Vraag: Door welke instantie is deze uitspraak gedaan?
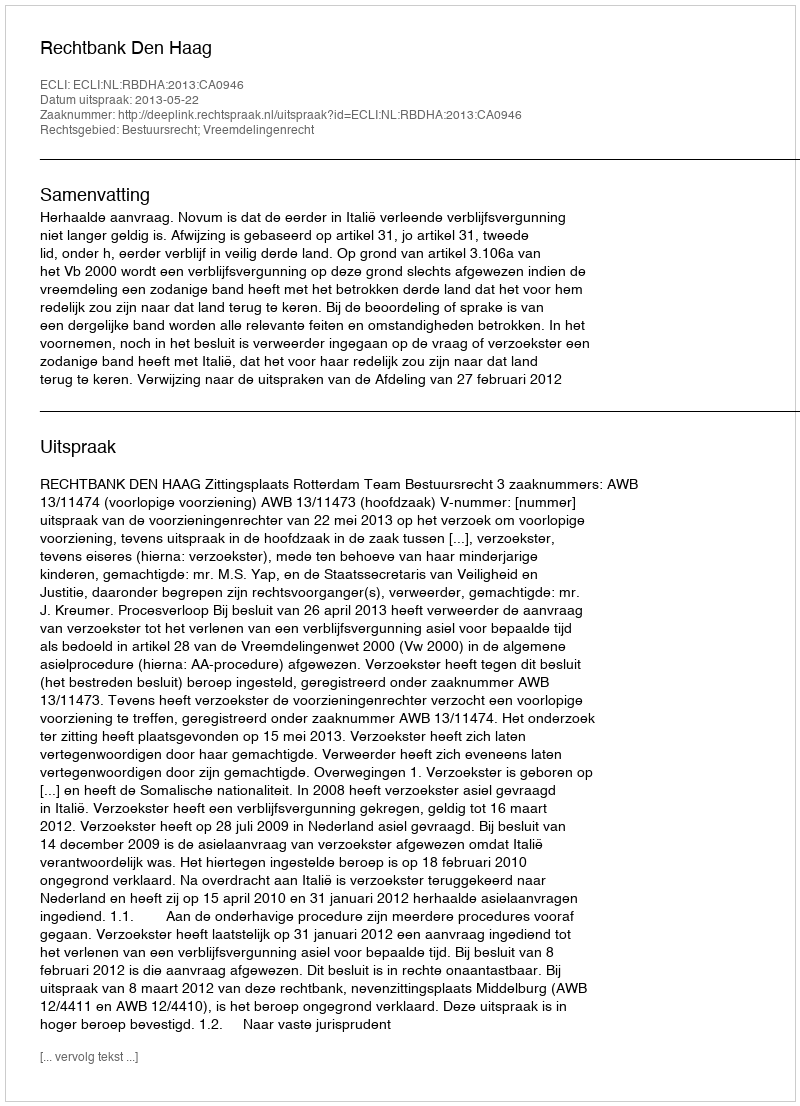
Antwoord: Rechtbank Den Haag